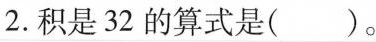
2.积是32的算式是()。